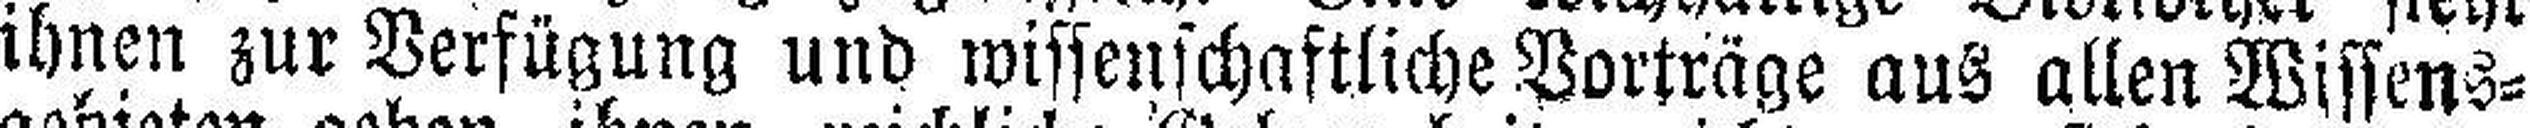
ihnen zur Verfügung und wissenschaftliche Vorträge aus allen Wissens¬